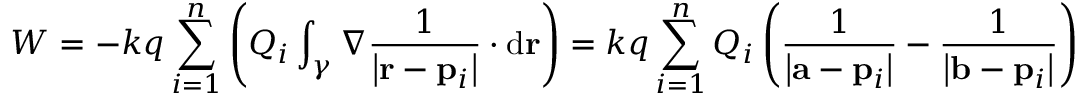
W = - k q \sum _ { i = 1 } ^ { n } \left( Q _ { i } \int _ { \gamma } \nabla { \frac { 1 } { \left| \mathbf { r } - \mathbf { p } _ { i } \right| } } \cdot \mathrm { d } \mathbf { r } \right) = k q \sum _ { i = 1 } ^ { n } Q _ { i } \left( { \frac { 1 } { \left| \mathbf { a } - \mathbf { p } _ { i } \right| } } - { \frac { 1 } { \left| \mathbf { b } - \mathbf { p } _ { i } \right| } } \right)